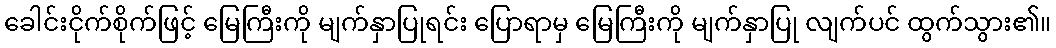
ခေါင်းငိုက်စိုက်ဖြင့် မြေကြီးကို မျက်နှာပြုရင်း ပြောရာမှ မြေကြီးကို မျက်နှာပြု လျက်ပင် ထွက်သွား၏။